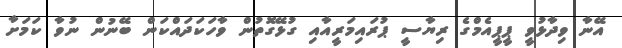
އޭނާ ވިދާޅުވީ ޕީޕީއެމްގެ ރިޔާސީ ޕުރައިމަރީއާއި ގުޅޭގޮތުން ވާހަކަދައްކަން ބޭނުން ނުވާ ކަމަށާ